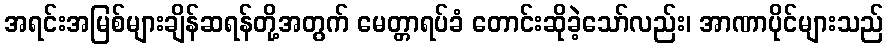
အရင်းအမြစ်များချိန်ဆရန်တို့အတွက် မေတ္တာရပ်ခံ တောင်းဆိုခဲ့သော်လည်း၊ အာဏာပိုင်များသည်